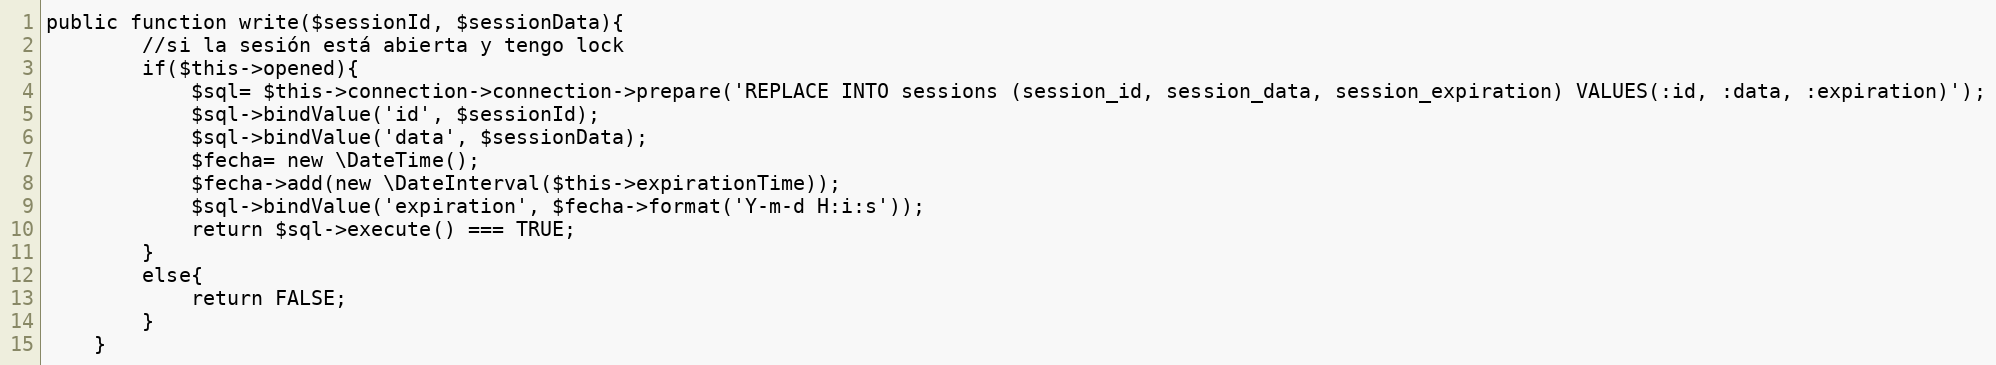
Language: PHP
public function write($sessionId, $sessionData){
        //si la sesión está abierta y tengo lock
        if($this->opened){
            $sql= $this->connection->connection->prepare('REPLACE INTO sessions (session_id, session_data, session_expiration) VALUES(:id, :data, :expiration)');
            $sql->bindValue('id', $sessionId);
            $sql->bindValue('data', $sessionData);
            $fecha= new \DateTime();
            $fecha->add(new \DateInterval($this->expirationTime));
            $sql->bindValue('expiration', $fecha->format('Y-m-d H:i:s'));
            return $sql->execute() === TRUE;
        }
        else{
            return FALSE;
        }
    }